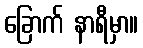
ခြောက် နာရီမှာ။